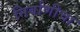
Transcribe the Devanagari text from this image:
निर्वाणीचा